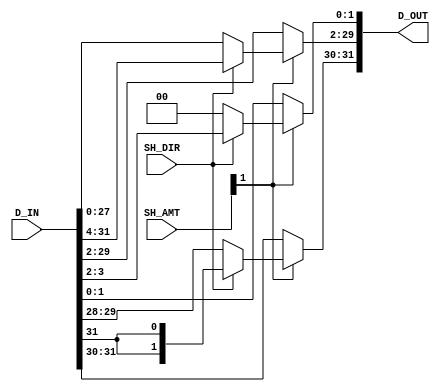
module Shifter_Amount_2(SH_DIR,SH_AMT,D_IN,D_OUT);
    input SH_DIR;
    input [4:0]SH_AMT;
    input [31:0]D_IN;
    output reg[31:0]D_OUT;

    

    always @(SH_DIR,SH_AMT,D_IN)
        begin
            if(SH_AMT[1]==1)
            begin
                if(SH_DIR==1'b1)    //shift-right
                    begin
                        D_OUT[29:0] <= D_IN[31:2];
                        D_OUT[31:30] <= {2{D_IN[31]}};
                    end
                else                //shift-left
                    begin
                        D_OUT[31:2]<=D_IN[29:0];
                        D_OUT[1:0]<={2{1'b0}};
                    end
            end
            else
                D_OUT<=D_IN;
        end
endmodule